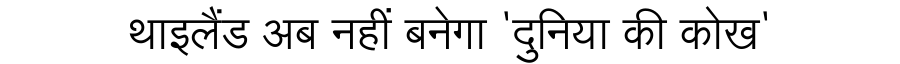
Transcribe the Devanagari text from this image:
थाइलैंड अब नहीं बनेगा 'दुनिया की कोख'